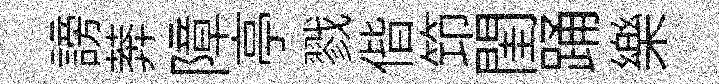
謗莾障亭戮偕笻閨踊樂